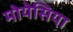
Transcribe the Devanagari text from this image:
मोयेसिया